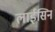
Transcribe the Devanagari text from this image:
लाईसिन